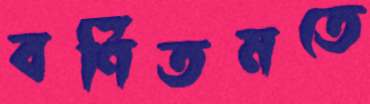
বর্ণিতমতে